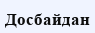
Досбайдан